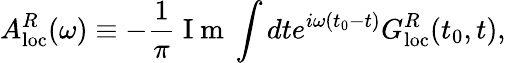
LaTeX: A_{\mathrm{loc}}^{R}(\omega)\equiv-\frac{1}{\pi}\mathrm{~I~m~}\int dte^{i\omega(t_{0}-t)}G_{\mathrm{loc}}^{R}(t_{0},t),